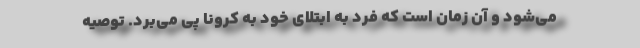
می‌شود و آن زمان است که فرد به ابتلای خود به کرونا پی می‌برد. توصیه